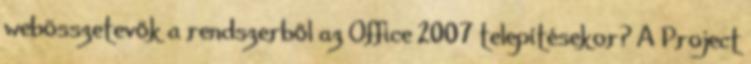
webösszetevők a rendszerből az Office 2007 telepítésekor? A Project